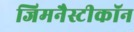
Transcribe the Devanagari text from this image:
जिमनैस्टीकॉन